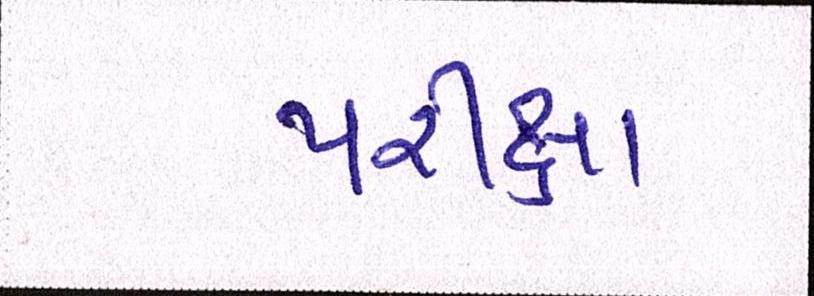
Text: પરીક્ષા